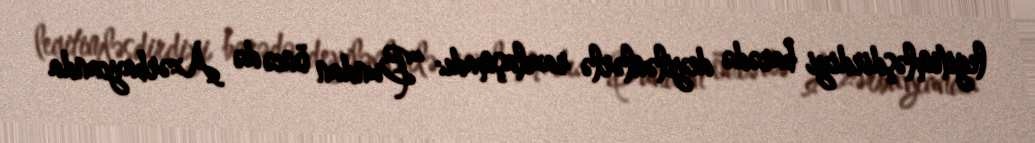
legitimləşdirdiyi barədə deyilənlərlə razılaşmadı: “Bundan öncə də Azərbaycanda